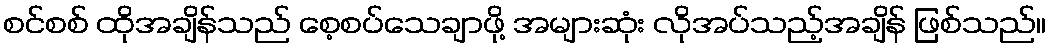
စင်စစ် ထိုအချိန်သည် စေ့စပ်သေချာဖို့ အများဆုံး လိုအပ်သည့်အချိန် ဖြစ်သည်။